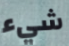
شيء